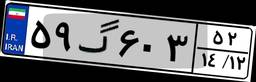
۲۶گ۰۸۸۸۳